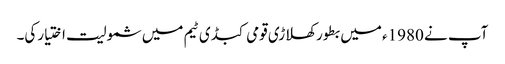
آپ نے 1980ء میں بطور کھلاڑی قومی کبڈی ٹیم میں شمولیت اختیارکی۔